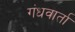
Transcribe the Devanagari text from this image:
गंधवार्ता